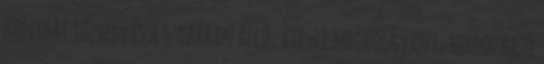
konyhai tűzhely és a szobában álló, kicsit megroggyant, hordozható